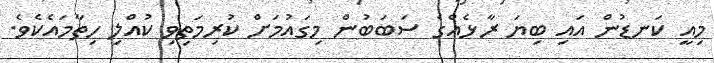
މިއީ ކަނޑުން އައި ބިޔަ ރާޅެއްގެ ސަބަބުން މިގައުމަށް ކުރިމަތިވި ކުއްލި ހިތާމައެކެވެ.